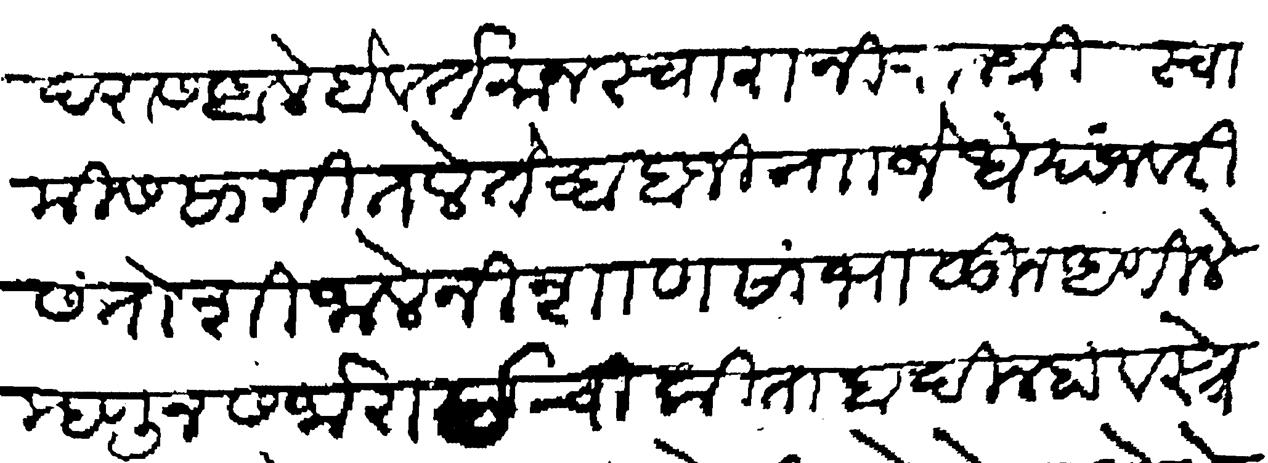
Transliteration (Devanagari): आले हे वर्तमान स्वारानी राजश्री स्वामीस सांगितले तेव्हां बाजी नाा जेधे यांजवरी संतोशी जाले निशाण सांभाळुन आणिले म्हणुन सर्जाराईचा किताब दिल्हा वस्त्रे